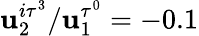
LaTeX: \mathbf{u}_{2}^{i\tau^{3}}/\mathbf{u}_{1}^{\tau^{0}}=-0.1